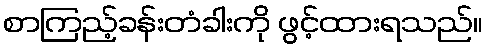
စာကြည့်ခန်းတံခါးကို ဖွင့်ထားရသည်။